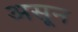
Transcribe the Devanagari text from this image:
असून